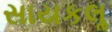
સાયકલૢ